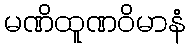
မဏိထူဏဝိမာနံ